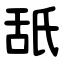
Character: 舐